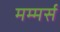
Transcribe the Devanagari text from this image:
मम्मर्स